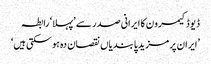
ڈیوڈ کیمرون کا ایرانی صدر سے ’پہلا‘ رابطہ
’ایران پر مزید پابندیاں نقصان دہ ہو سکتی ہیں‘